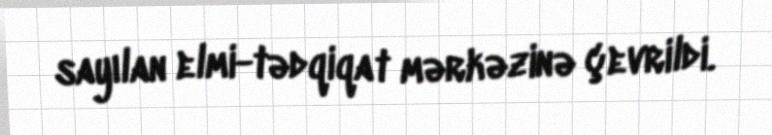
sayılan elmi-tədqiqat mərkəzinə çevrildi.